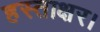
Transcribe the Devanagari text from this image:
हस्ताक्षर।